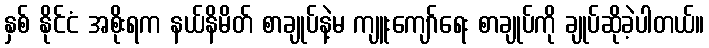
နှစ် နိုင်ငံ အစိုးရက နယ်နိမိတ် စာချုပ်နဲ့မ ကျူးကျော်ရေး စာချုပ်ကို ချုပ်ဆိုခဲ့ပါတယ်။